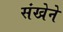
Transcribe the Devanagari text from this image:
संखेने